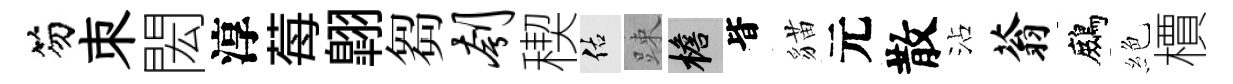
笏朿閎淳莓翺芻刳稧佑踈檐𣅜貓元散沾蓊鷓絶檟